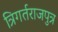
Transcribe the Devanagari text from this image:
त्रिगर्तराजपुत्र